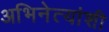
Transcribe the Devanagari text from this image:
अभिनेत्यांशी